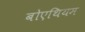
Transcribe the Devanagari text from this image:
बोएथियम